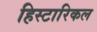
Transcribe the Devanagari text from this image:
हिस्टारिकल